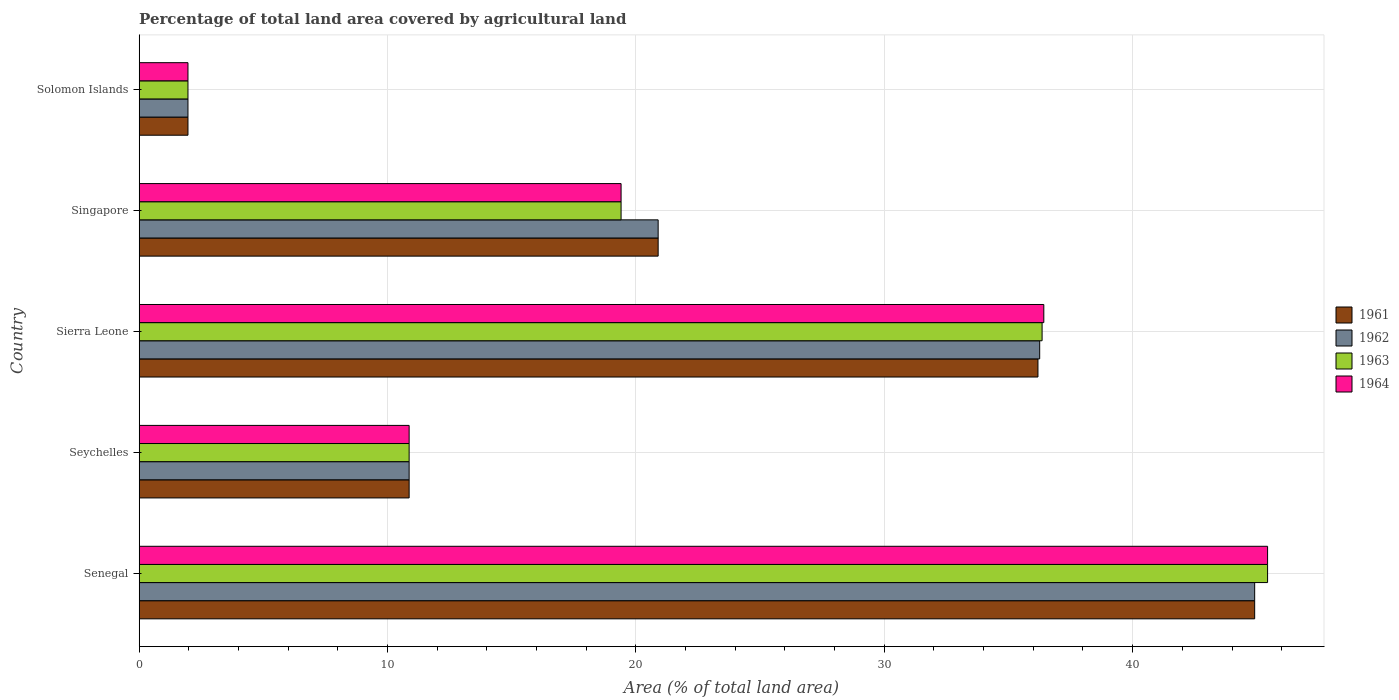
| Country | 1961 | 1962 | 1963 | 1964 |
 | --- | --- | --- | --- | --- |
 | Senegal | 44.9 | 44.9 | 45.4 | 45.4 |
 | Seychelles | 10.9 | 10.9 | 10.9 | 10.9 |
 | Sierra Leone | 36.2 | 36.3 | 36.4 | 36.4 |
 | Singapore | 20.9 | 20.9 | 19.4 | 19.4 |
 | Solomon Islands | 1.96 | 1.96 | 1.96 | 1.96 |